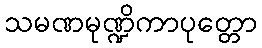
သမဏမုဏ္ဍိကာပုတ္တော